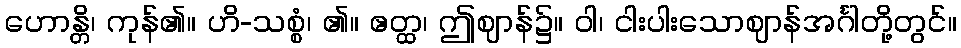
ဟောန္တိ၊ ကုန်၏။ ဟိ-သစ္စံ၊ ၏။ ဧတ္ထ၊ ဤဈာန်၌။ ဝါ၊ ငါးပါးသောဈာန်အင်္ဂါတို့တွင်။